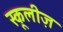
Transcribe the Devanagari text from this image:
स्कूलीज़